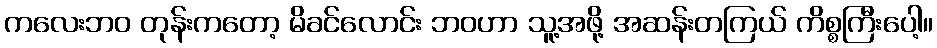
ကလေးဘဝ တုန်းကတော့ မိခင်လောင်း ဘဝဟာ သူ့အဖို့ အဆန်းတကြယ် ကိစ္စကြီးပေါ့။